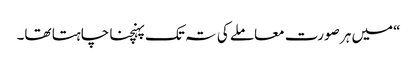
“میں ہر صورت معاملے کی تہ تک پہنچنا چاہتا تھا۔